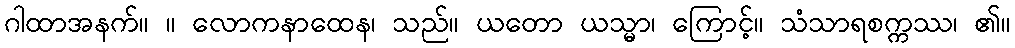
ဂါထာအနက်။ ။ လောကနာထေန၊ သည်။ ယတော ယသ္မာ၊ ကြောင့်။ သံသာရစက္ကဿ၊ ၏။